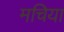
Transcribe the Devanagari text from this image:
मचिया